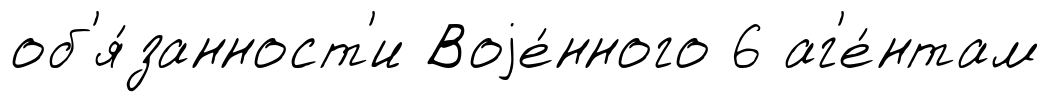
об'я́занност'и Воjе́нного 6 аг'е́нтам